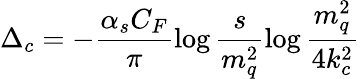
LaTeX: \Delta_{c}=-\frac{\alpha_{s}C_{F}}{\pi}\log\frac{s}{m_{q}^{2}}\log\frac{m_{q}^{2}}{4k_{c}^{2}}